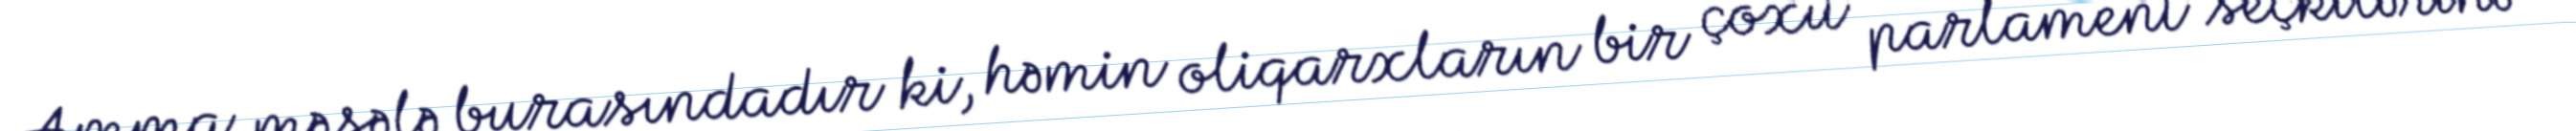
Amma məsələ burasındadır ki, həmin oliqarxların bir çoxu parlament seçkilərinə